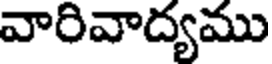
వారివాద్యము